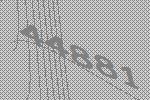
44881